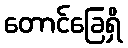
တောင်ခြေရှိ